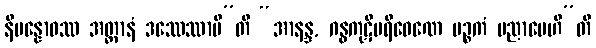
နိပန္နောဝဿ အတ္တာနံ ဒဿေဿာမီ”တိ “အာနန္ဒ, ဂန္ဓကုဋိပရိဝေဏေ မဉ္စကံ ပညာပေဟီ”တိ